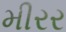
મીરર